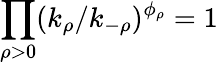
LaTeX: \prod_{\rho>0}(k_{\rho}/k_{-\rho})^{\phi_{\rho}}=1